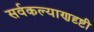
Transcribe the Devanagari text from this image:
सर्वकल्याणदृष्टी